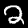
Digit: 2